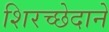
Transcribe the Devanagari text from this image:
शिरच्छेदाने